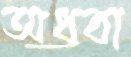
অধবা